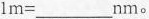
$$1m=___nm$$。